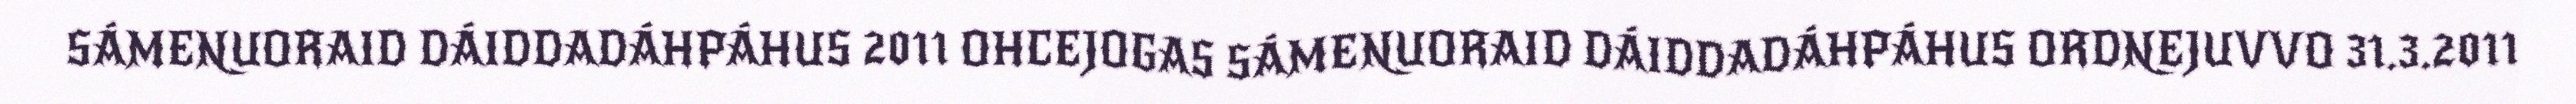
SÁMENUORAID DÁIDDADÁHPÁHUS 2011 OHCEJOGAS SÁMENUORAID DÁIDDADÁHPÁHUS ORDNEJUVVO 31.3.2011